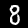
Label: 8